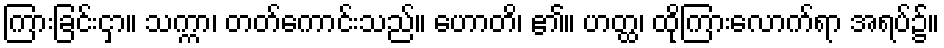
ကြားခြင်းငှာ။ သက္ကာ၊ တတ်ကောင်းသည်။ ဟောတိ၊ ၏။ ဟတ္ထ၊ ထိုကြားလောက်ရာ အရပ်၌။